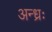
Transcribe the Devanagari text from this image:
अन्ध्रः